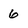
Character: 6